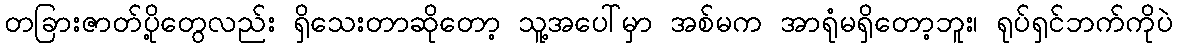
တခြားဇာတ်ပို့တွေလည်း ရှိသေးတာဆိုတော့ သူ့အပေါ်မှာ အစ်မက အာရုံမရှိတော့ဘူး၊ ရုပ်ရှင်ဘက်ကိုပဲ